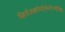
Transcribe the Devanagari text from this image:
व्हियेलकोम्पोनेन्टेनगेमिश